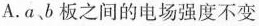
A.a、b板之间的电场强度不变